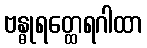
ဗန္ဓုရတ္ထေရဂါထာ